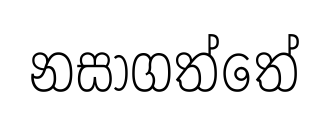
නසාගත්තේ